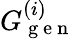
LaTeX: G_{\mathrm{~g~e~n~}}^{(i)}